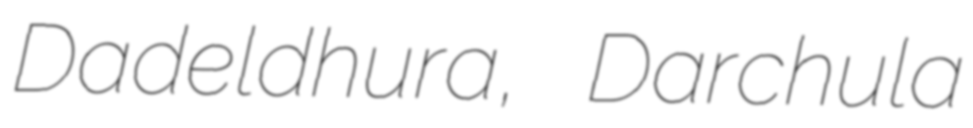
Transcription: Dadeldhura, Darchula